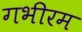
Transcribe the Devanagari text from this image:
गभीरम